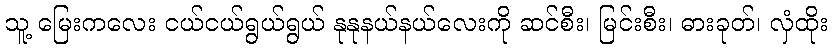
သူ့ မြေးကလေး ငယ်ငယ်ရွယ်ရွယ် နုနုနယ်နယ်လေးကို ဆင်စီး၊ မြင်းစီး၊ ဓားခုတ်၊ လှံထိုး